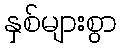
နှစ်များစွာ